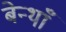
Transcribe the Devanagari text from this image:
बेन्थाँ